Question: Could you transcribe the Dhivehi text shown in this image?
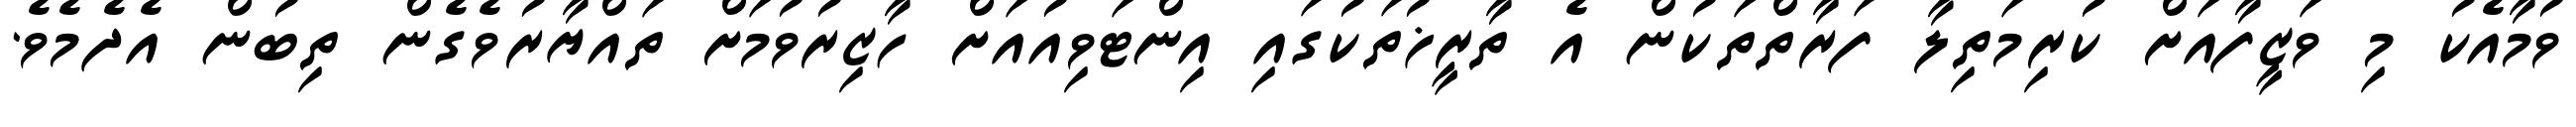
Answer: ވުމާއެކު މި ވަޒީފާއަށް ކުރިމަތިލާ ފަރާތްތަކުން އެ ތާރީޚުތަކުގައި އިންޓަވިއުއަށް ހާޒިރުވުމަށް ތައްޔާރުވެގެން ތިބުން އެދެމެވެ.